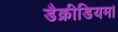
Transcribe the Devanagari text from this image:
डैक्रीडियम।